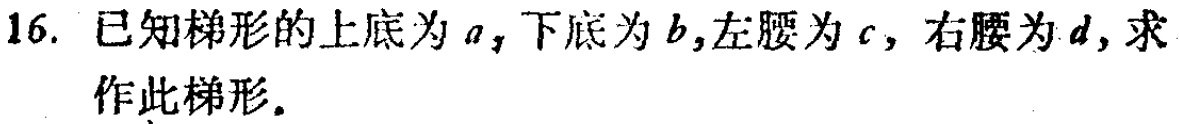
16. 已知梯形的上底为\(a\)，下底为\(b\)，左腰为\(c\)，右腰为\(d\)，求作此梯形。